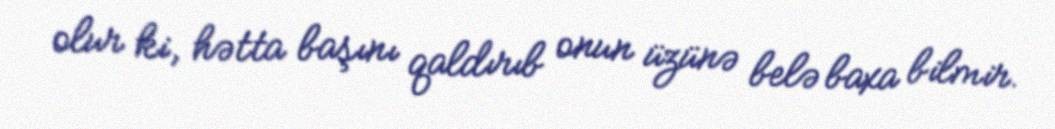
olur ki, hətta başını qaldırıb onun üzünə belə baxa bilmir.